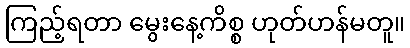
ကြည့်ရတာ မွေးနေ့ကိစ္စ ဟုတ်ဟန်မတူ။